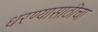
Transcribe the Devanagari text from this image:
धरण्यासाठीचा